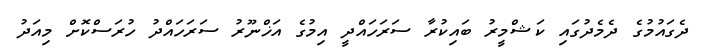
ދެގައުމުގެ ދެމެދުގައި ކަޝްމީރު ބައިކުރާ ސަރަހައްދީ އިމުގެ އަޚްނޫރު ސަރަހައްދު ހުރަސްކޮށް މިއަދު